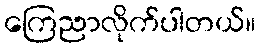
ကြေညာလိုက်ပါတယ်။